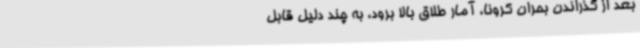
بعد از گذراندن بحران کرونا، آمار طلاق بالا برود، به چند دلیل قابل